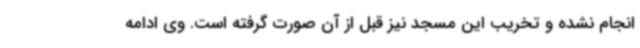
انجام نشده و تخریب این مسجد نیز قبل از آن صورت گرفته است. وی ادامه